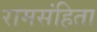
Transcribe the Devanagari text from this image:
रामसंहिता